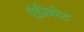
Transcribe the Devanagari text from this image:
एंडीकोट